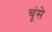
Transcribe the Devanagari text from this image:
चूंसे